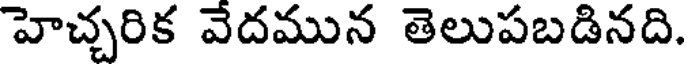
హెచ్చరిక వేదమున తెలుపబడినది.